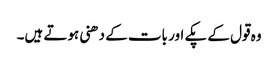
وہ قول کے پکے اور بات کے دھنی ہوتے ہیں۔